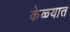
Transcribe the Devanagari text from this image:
केळ्यात